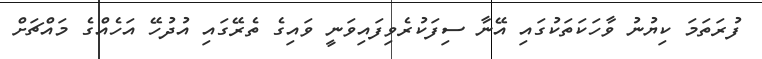
ފުރަތަމަ ކިޔުނު ވާހަކަތަކުގައި އޭނާ ސިފަކުރެވިފައިވަނީ ވައިގެ ތެރޭގައި އުދުހޭ އަހެއްގެ މައްޗަށް